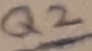
Text: Q2